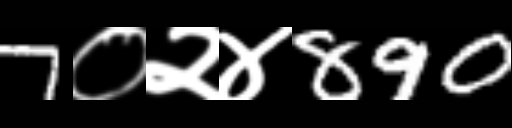
Text: 7०२४890